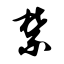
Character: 禁